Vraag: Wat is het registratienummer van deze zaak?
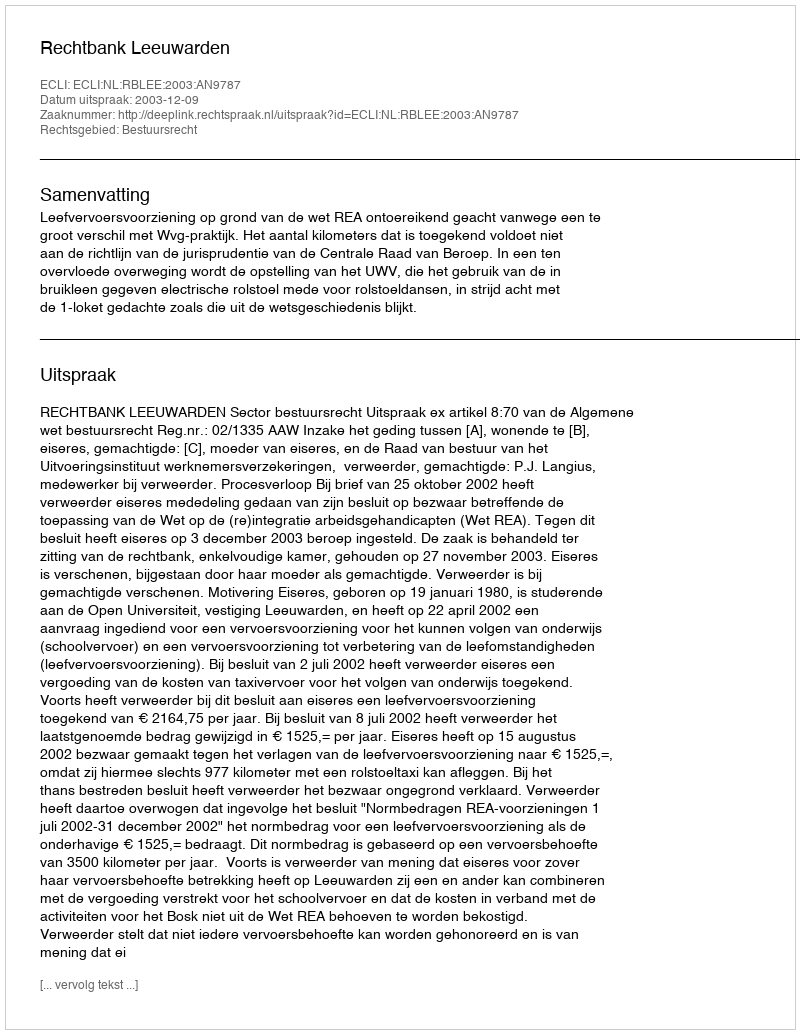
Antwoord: http://deeplink.rechtspraak.nl/uitspraak?id=ECLI:NL:RBLEE:2003:AN9787